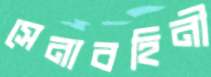
সেনাবহিনী